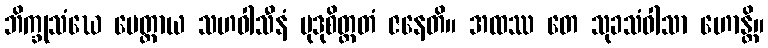
ဘိက္ခုသံဃေ မေတ္တာယ သဟဝါသီနံ မုဒုစိတ္တတံ ဇနေတိ။ အထဿ တေ သုခသံဝါသာ ဟောန္တိ။